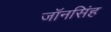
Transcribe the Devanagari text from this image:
जॉनसिंह